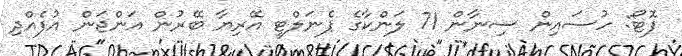
ފޮޓޯ: ހުސައިން ސިނާން 71 ލަންކާގެ ޕެނަލްޓީ އޭރިޔާ ބޭރުން އަންޖަން އުފެއްދި